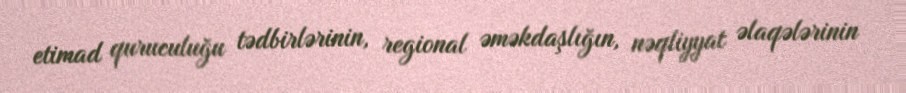
etimad quruculuğu tədbirlərinin, regional əməkdaşlığın, nəqliyyat əlaqələrinin